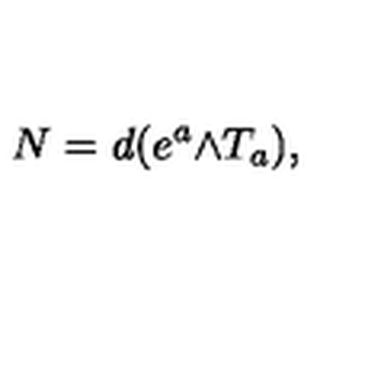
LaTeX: N = d ( e ^ { a } \mathrm { \tiny \wedge } T _ { a } ) ,